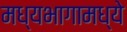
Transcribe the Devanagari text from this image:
मध्यभागामध्ये